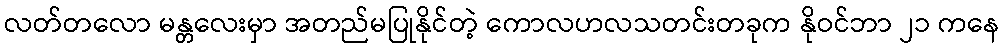
လတ်တလော မန္တလေးမှာ အတည်မပြုနိုင်တဲ့ ကောလဟလသတင်းတခုက နိုဝင်ဘာ ၂၁ ကနေ